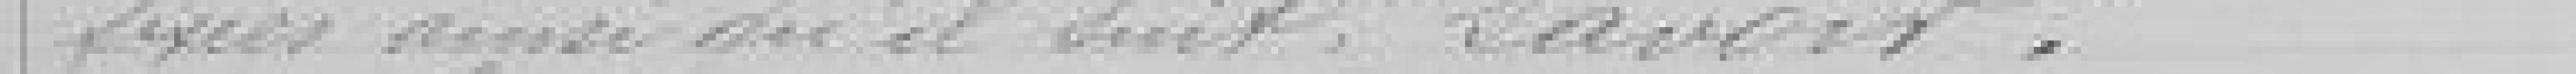
fixés ainsi qu'il suit, savoir :